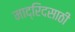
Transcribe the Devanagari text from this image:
माद्रिदसाठी